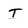
Character: T